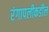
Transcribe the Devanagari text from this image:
रंगापलीकडील